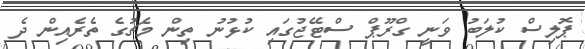
ޕޮލިސް ކުލަބު ވަނީ ގްރޫޕް ސްޓޭޖުގައި ކުޅުނު ތިން މެޗުގެ ތެރެއިން ދެ